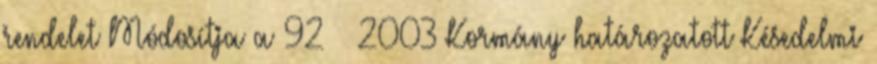
rendelet Módosítja a 92 2003 Kormány határozatott Késedelmi